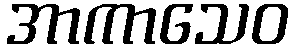
အာကာသေဝ